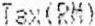
TAX(RM)